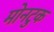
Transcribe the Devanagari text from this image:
मोनटुक